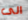
الى